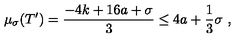
\mu _ { \sigma } ( T ^ { \prime } ) = \frac { - 4 k + 1 6 a + \sigma } { 3 } \leq 4 a + \frac { 1 } { 3 } \sigma \ ,